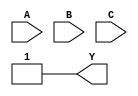
module three_variable_kmap (
    input wire A,      // Input variable A
    input wire B,      // Input variable B
    input wire C,      // Input variable C
    output wire Y      // Output variable Y
);

// Define the K-map using a combinational logic approach
assign Y = (A ~& B ~& C) |  // Y0 = A'B'C' (000)
           (A ~& B & C) |  // Y1 = A'B'C (001)
           (A ~& B & ~C) | // Y2 = A'BC' (010)
           (A ~& B & C) |  // Y3 = A'BC (011)
           (A & ~B ~& C) | // Y4 = AB'C' (100)
           (A & ~B & C) |  // Y5 = AB'C (101)
           (A & B ~& C) |  // Y6 = ABC' (110)
           (A & B & C);    // Y7 = ABC (111)

endmodule